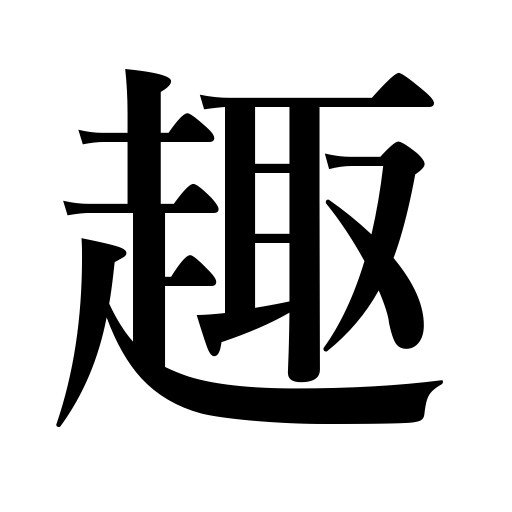
Meanings: tone,import,touch,charm,proceed to,meaning,tenor,gist,contents,aspect,become,appearance,sentiment,tend toward